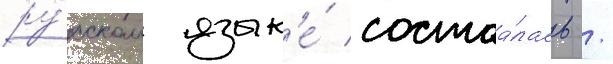
ру́сском язык'е́ состоа́лась /